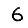
Digit: 6